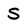
Character: S